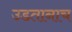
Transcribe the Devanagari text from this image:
उडतानाच